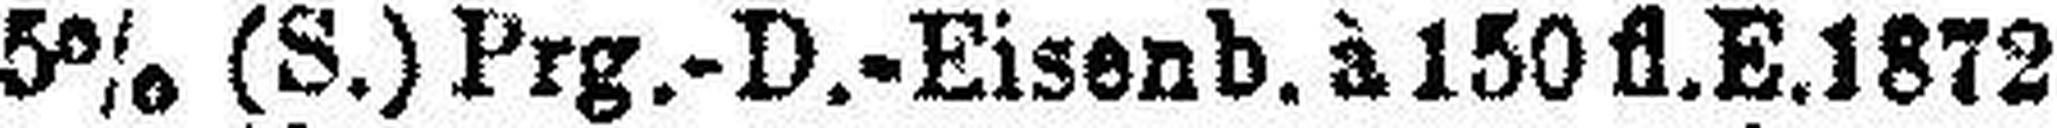
5% (S.) Prg.-D.-Eisenb. à 150 fl. E.1872